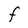
Character: F